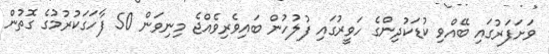
ވަށަފަރުގައި ބޭއްވި ކުޑަކުދިންގެ ހަވީރުގައި ފުލުހުން ބައިވެރިވެއްޖެ މިނިވަން 50 ފާހަގަކުރުމުގެ ގޮތުން